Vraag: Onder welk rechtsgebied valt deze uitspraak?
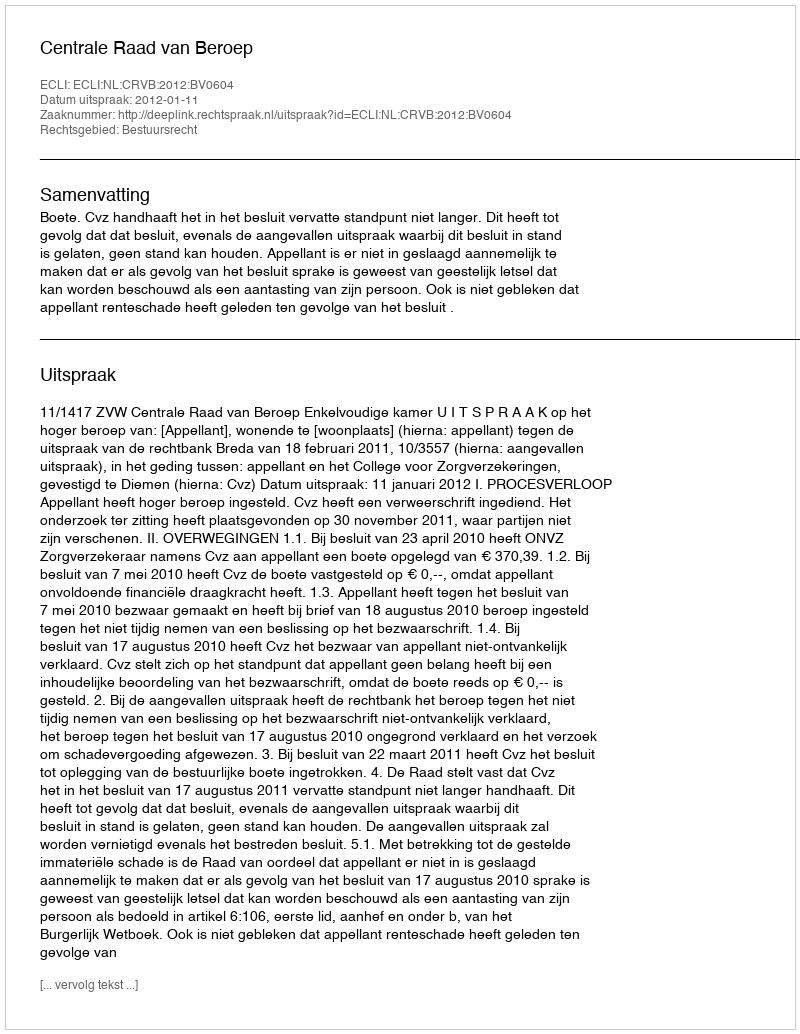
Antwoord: Bestuursrecht